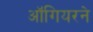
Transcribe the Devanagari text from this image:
ऑगियरने